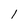
Character: l